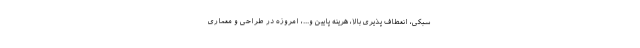
سبکی، انعطاف پذیری بالا، هرینه پایین و...، امروزه در طراحی و معماری